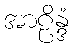
အာဠိန္ဒံ